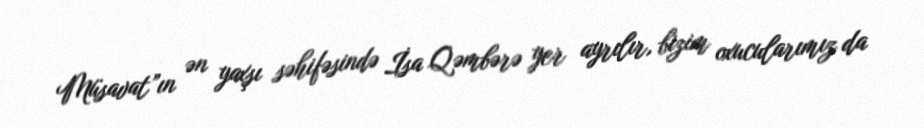
Müsavat”ın ən yaxşı səhifəsində İsa Qəmbərə yer ayrılır, bizim oxucularımız da